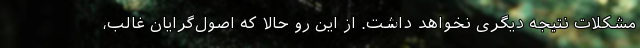
مشکلات نتیجه دیگری نخواهد داشت. از این رو حالا که اصول‌گرایان غالب،